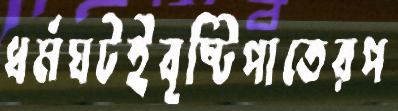
ধর্মঘটইবৃষ্টিপাতেরপ